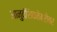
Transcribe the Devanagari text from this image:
आनुवंशिकतेबरोबर